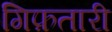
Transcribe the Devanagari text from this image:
गिफ़तारी